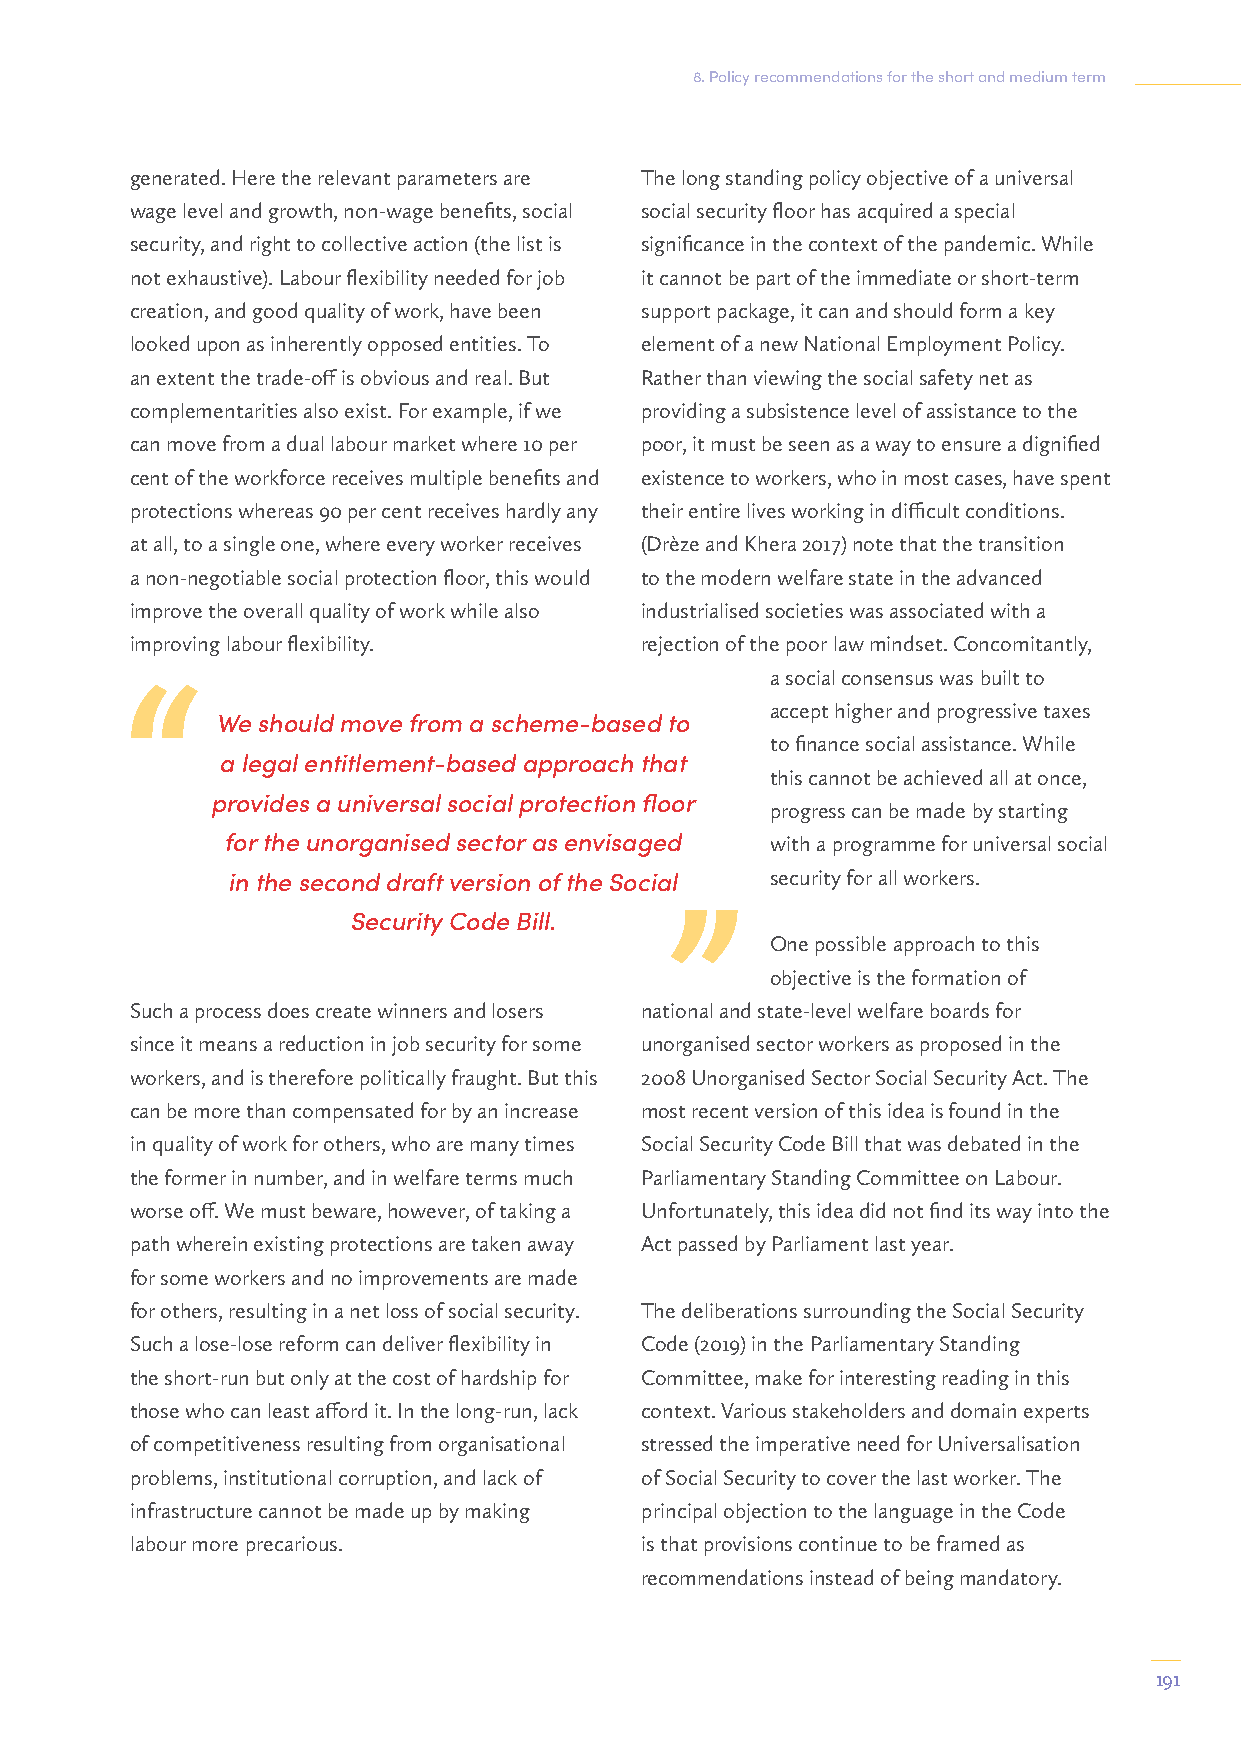
8. Policy recommendations for the short and medium term
 generated. Here the relevant parameters are The long standing policy objective of a universal
 wage level and growth, non-wage benefits, social social security floor has acquired a special
 security, and right to collective action (the list is significance in the context of the pandemic. While
 not exhaustive). Labour flexibility needed for job it cannot be part of the immediate or short-term
 creation, and good quality of work, have been support package, it can and should form a key
 looked upon as inherently opposed entities. To element of a new National Employment Policy.
 an extent the trade-off is obvious and real. But Rather than viewing the social safety net as
 complementarities also exist. For example, if we providing a subsistence level of assistance to the
 can move from a dual labour market where 10 per poor, it must be seen as a way to ensure a dignified
 cent of the workforce receives multiple benefits and existence to workers, who in most cases, have spent
 protections whereas 90 per cent receives hardly any their entire lives working in difficult conditions.
 at all, to a single one, where every worker receives (Drèze and Khera 2017) note that the transition
 a non-negotiable social protection floor, this would to the modern welfare state in the advanced
 improve the overall quality of work while also industrialised societies was associated with a
 improving labour flexibility.    rejection of the poor law mindset. Concomitantly,
 a social consensus was built to
 accept higher and progressive taxes
 We should move from a scheme-based to
 to finance social assistance. While
 a legal entitlement-based approach that
 this cannot be achieved all at once,
 provides a universal social protection floor
 progress can be made by starting
 for the unorganised sector as envisaged with a programme for universal social
 in the second draft version of the Social security for all workers.
 Security Code Bill.
 One possible approach to this
 objective is the formation of
 Such a process does create winners and losers national and state-level welfare boards for
 since it means a reduction in job security for some unorganised sector workers as proposed in the
 workers, and is therefore politically fraught. But this 2008 Unorganised Sector Social Security Act. The
 can be more than compensated for by an increase most recent version of this idea is found in the
 in quality of work for others, who are many times Social Security Code Bill that was debated in the
 the former in number, and in welfare terms much Parliamentary Standing Committee on Labour.
 worse off. We must beware, however, of taking a Unfortunately, this idea did not find its way into the
 path wherein existing protections are taken away Act passed by Parliament last year.
 for some workers and no improvements are made
 for others, resulting in a net loss of social security. The deliberations surrounding the Social Security
 Such a lose-lose reform can deliver flexibility in Code (2019) in the Parliamentary Standing
 the short-run but only at the cost of hardship for Committee, make for interesting reading in this
 those who can least afford it. In the long-run, lack context. Various stakeholders and domain experts
 of competitiveness resulting from organisational stressed the imperative need for Universalisation
 problems, institutional corruption, and lack of of Social Security to cover the last worker. The
 infrastructure cannot be made up by making principal objection to the language in the Code
 labour more precarious.          is that provisions continue to be framed as
 recommendations instead of being mandatory.
 191